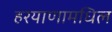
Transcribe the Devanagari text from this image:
हरयाणामधिल